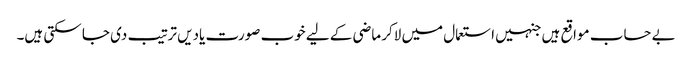
بے حساب مواقع ہیں جنہیں استعمال میں لاکر ماضی کے لیے خوب صورت یادیں ترتیب دی جا سکتی ہیں۔